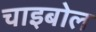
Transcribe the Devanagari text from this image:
चाइबोल